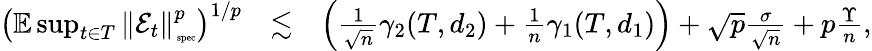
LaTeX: \begin{array}{rlr}{\left(\mathbb{E}\operatorname*{sup}_{t\in T}\left\Vert\mathcal{E}_{t}\right\Vert_{\mathrm{\tiny~spec}}^{p}\right)^{1/p}}&{\lesssim}&{\left(\frac{1}{\sqrt{n}}\gamma_{2}(T,d_{2})+\frac{1}{n}\gamma_{1}(T,d_{1})\right)+\sqrt{p}\frac{\sigma}{\sqrt{n}}+p\frac{\Upsilon}{n},}\end{array}